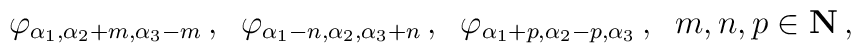
\varphi_{\alpha_1,\alpha_2+m,\alpha_3-m}\,,\;\;\varphi_{\alpha_1-n,\alpha_2,\alpha_3+n}\,,\;\;\varphi_{\alpha_1+p,\alpha_2-p,\alpha_3}\,,\;\; m,n,p\in \hbox{\bf N}\,,